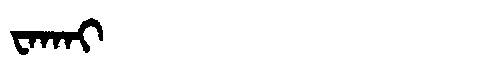
Manchu: ᠸᠠᡴᠠᡳ
Romanization: WAKAI